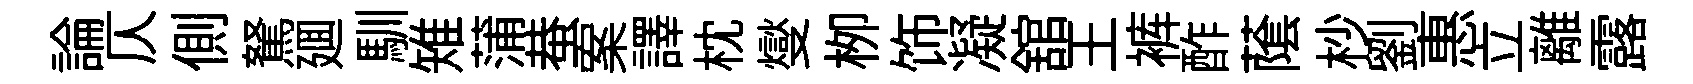
論仄側駑廽馴雉蒲蛬案譯枕燮栁饰凝舘王裤酢䕃杪劉惠立離露